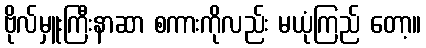
ဗိုလ်မှူးကြီးနာဆာ စကားကိုလည်း မယုံကြည် တော့။